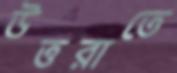
উত্তরাতে